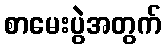
စာမေးပွဲအတွက်